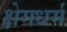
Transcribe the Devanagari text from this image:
क्षेमधर्म